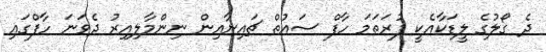
ދެ ގޯލުގެ ލީޑަކާއެކީ ފުރަތަމަ ހާފް ސައުތް ޗައިނާއިން ނިންމާލިއިރު ދެވަނަ ހާފްގައި